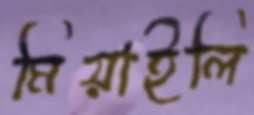
মিয়াইলি